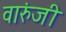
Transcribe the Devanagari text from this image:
वारुंजी